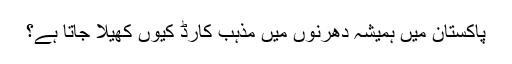
پاکستان میں ہمیشہ دھرنوں میں مذہب کارڈ کیوں کھیلا جاتا ہے؟